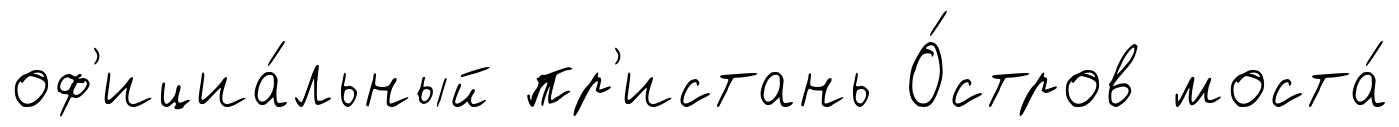
оф'ициа́льный пр'истань О́стров моста́